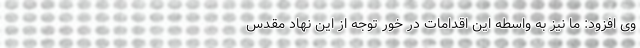
وی افزود: ما نیز به واسطه این اقدامات در خور توجه از این نهاد مقدس